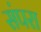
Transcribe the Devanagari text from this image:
संपरा